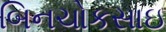
બિનચોકસાઇ